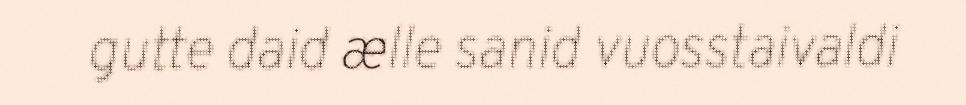
gutte daid ælle sanid vuosstaivaldi